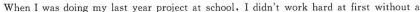
When I was doing my last year project at school,I didn't work hard at first without a